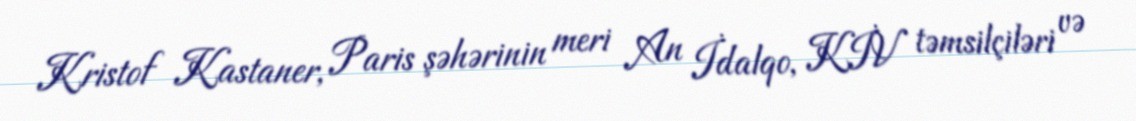
Kristof Kastaner, Paris şəhərinin meri An İdalqo, KİV təmsilçiləri və